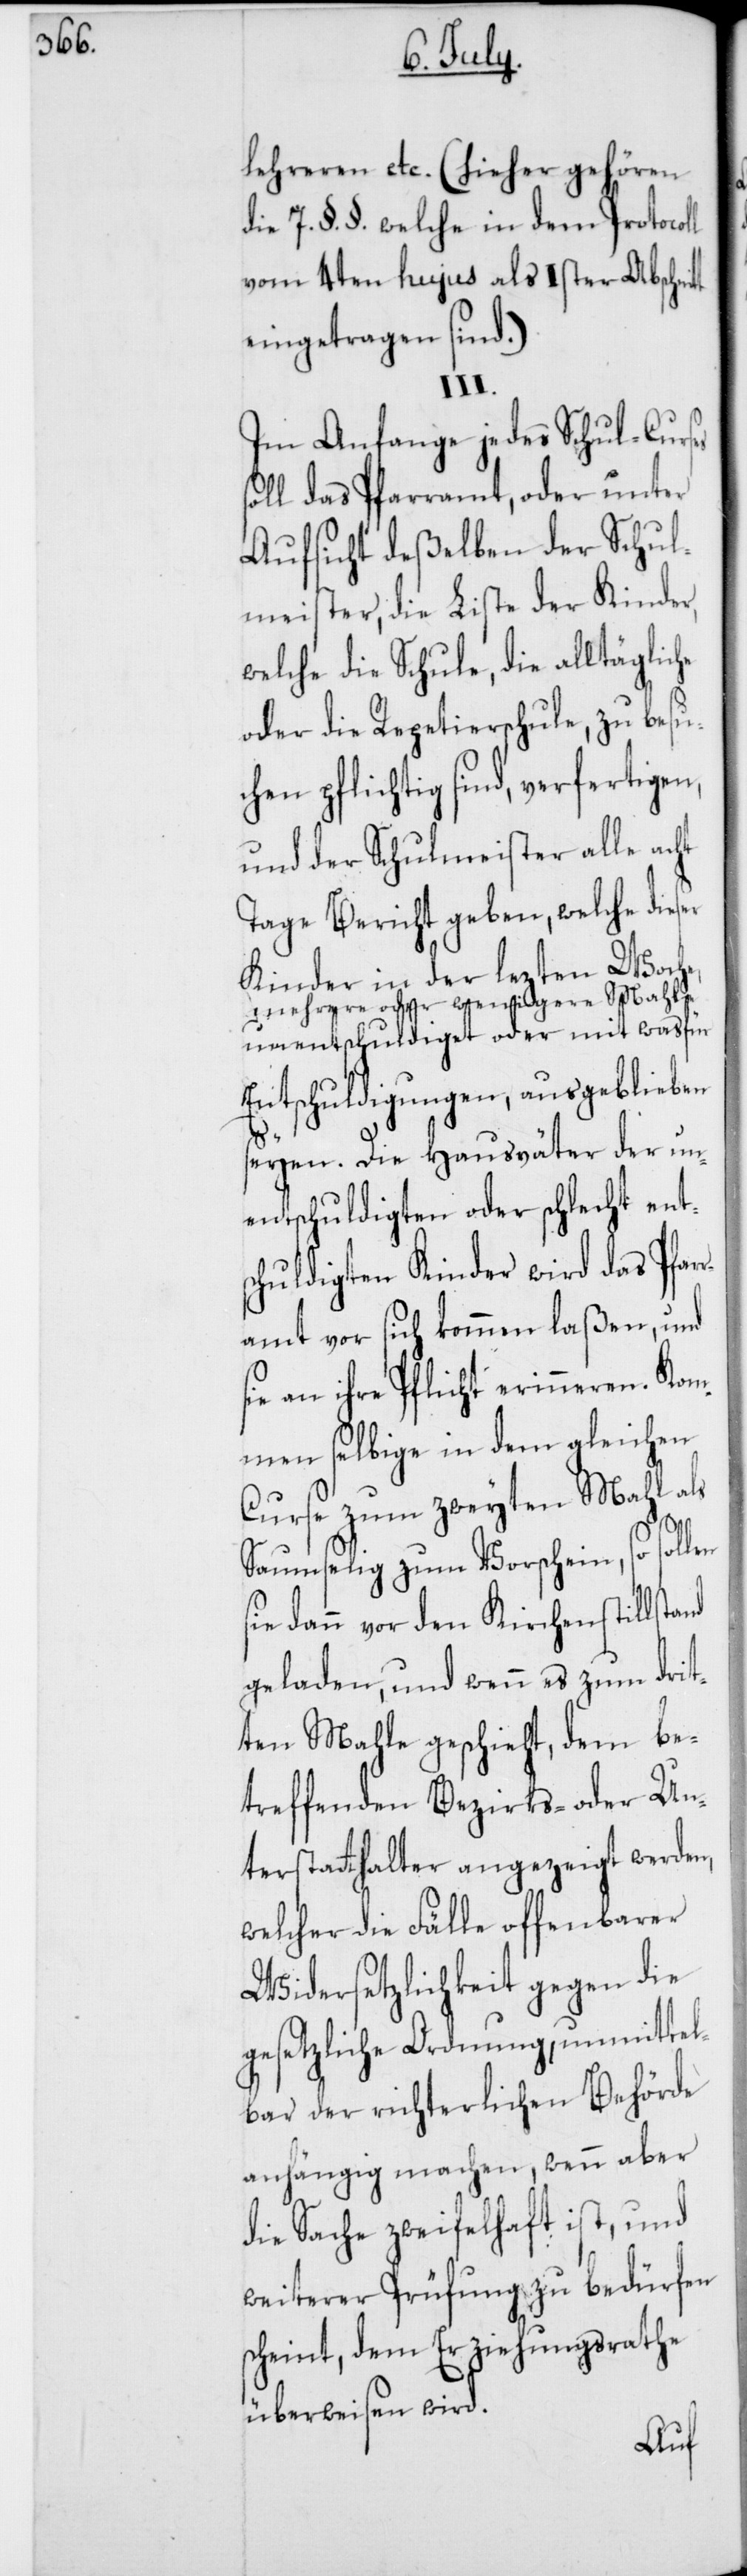
lehreren etc. (hieher gehören
die 7. §. §. welche in dem Protocoll
vom 4ten hujus als Ister Abschnit¬
eingetragen sind).
III.
Im Anfange jedes Schul-Curses
soll das Pfarramt, oder unter
Aufsicht deßelben der Schul¬
meister, die Liste der Kinder
welche die Schule, die alltägliche
oder die Repetierschule, zu besu¬
chen pflichtig sind, verfertigen,
und der Schulmeister alle acht
Tage Bericht geben, welche dieser
Kinder in der lezten Woche,
mehrere oder wenigere Mahle
unentschuldiget oder mit was für
Entschuldigungen, ausgeblieben
seyen. Die Hausväter der un¬
entschuldigten oder schlecht ent¬
schuldigten Kinder wird das Pfar¬
ramt vor sich kommen laßen, und
sie an ihre Pflicht erinneren. Kom¬
men selbige in dem gleichen
Curse zum zweyten Mahl als
saumselig zum Vorschein, so sollen
sie dann vor den Kirchenstillstand
geladen, und wenn es zum drit¬
ten Mahle geschieht, dem be¬
treffenden Bezirks- oder Un¬
terstatthalter angezeigt werden,
welcher die Fälle offenbarer
Widersetzlichkeit gegen die
gesetzliche Ordnung, unmittel¬
bar der richterlichen Behörde
anhängig machen, wenn aber
die Sache zweifelhaft ist, und
weiterer Prüfung zu bedürfen
scheint, dem Erziehungsrathe
überweisen wird.